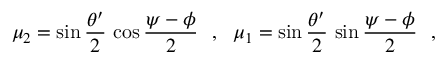
\mu _ { 2 } = \sin \frac { \theta ^ { \prime } } { 2 } \, \cos \frac { \psi - \phi } { 2 } ~ ~ , ~ ~ \mu _ { 1 } = \sin \frac { \theta ^ { \prime } } { 2 } \, \sin \frac { \psi - \phi } { 2 } ~ ~ ,